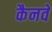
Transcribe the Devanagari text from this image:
कैनवे